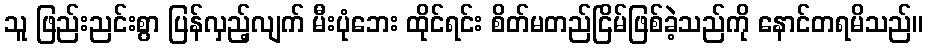
သူ ဖြည်းညင်းစွာ ပြန်လှည့်လျက် မီးပုံဘေး ထိုင်ရင်း စိတ်မတည်ငြိမ်ဖြစ်ခဲ့သည်ကို နောင်တရမိသည်။